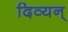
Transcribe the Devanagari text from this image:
दिव्यन्